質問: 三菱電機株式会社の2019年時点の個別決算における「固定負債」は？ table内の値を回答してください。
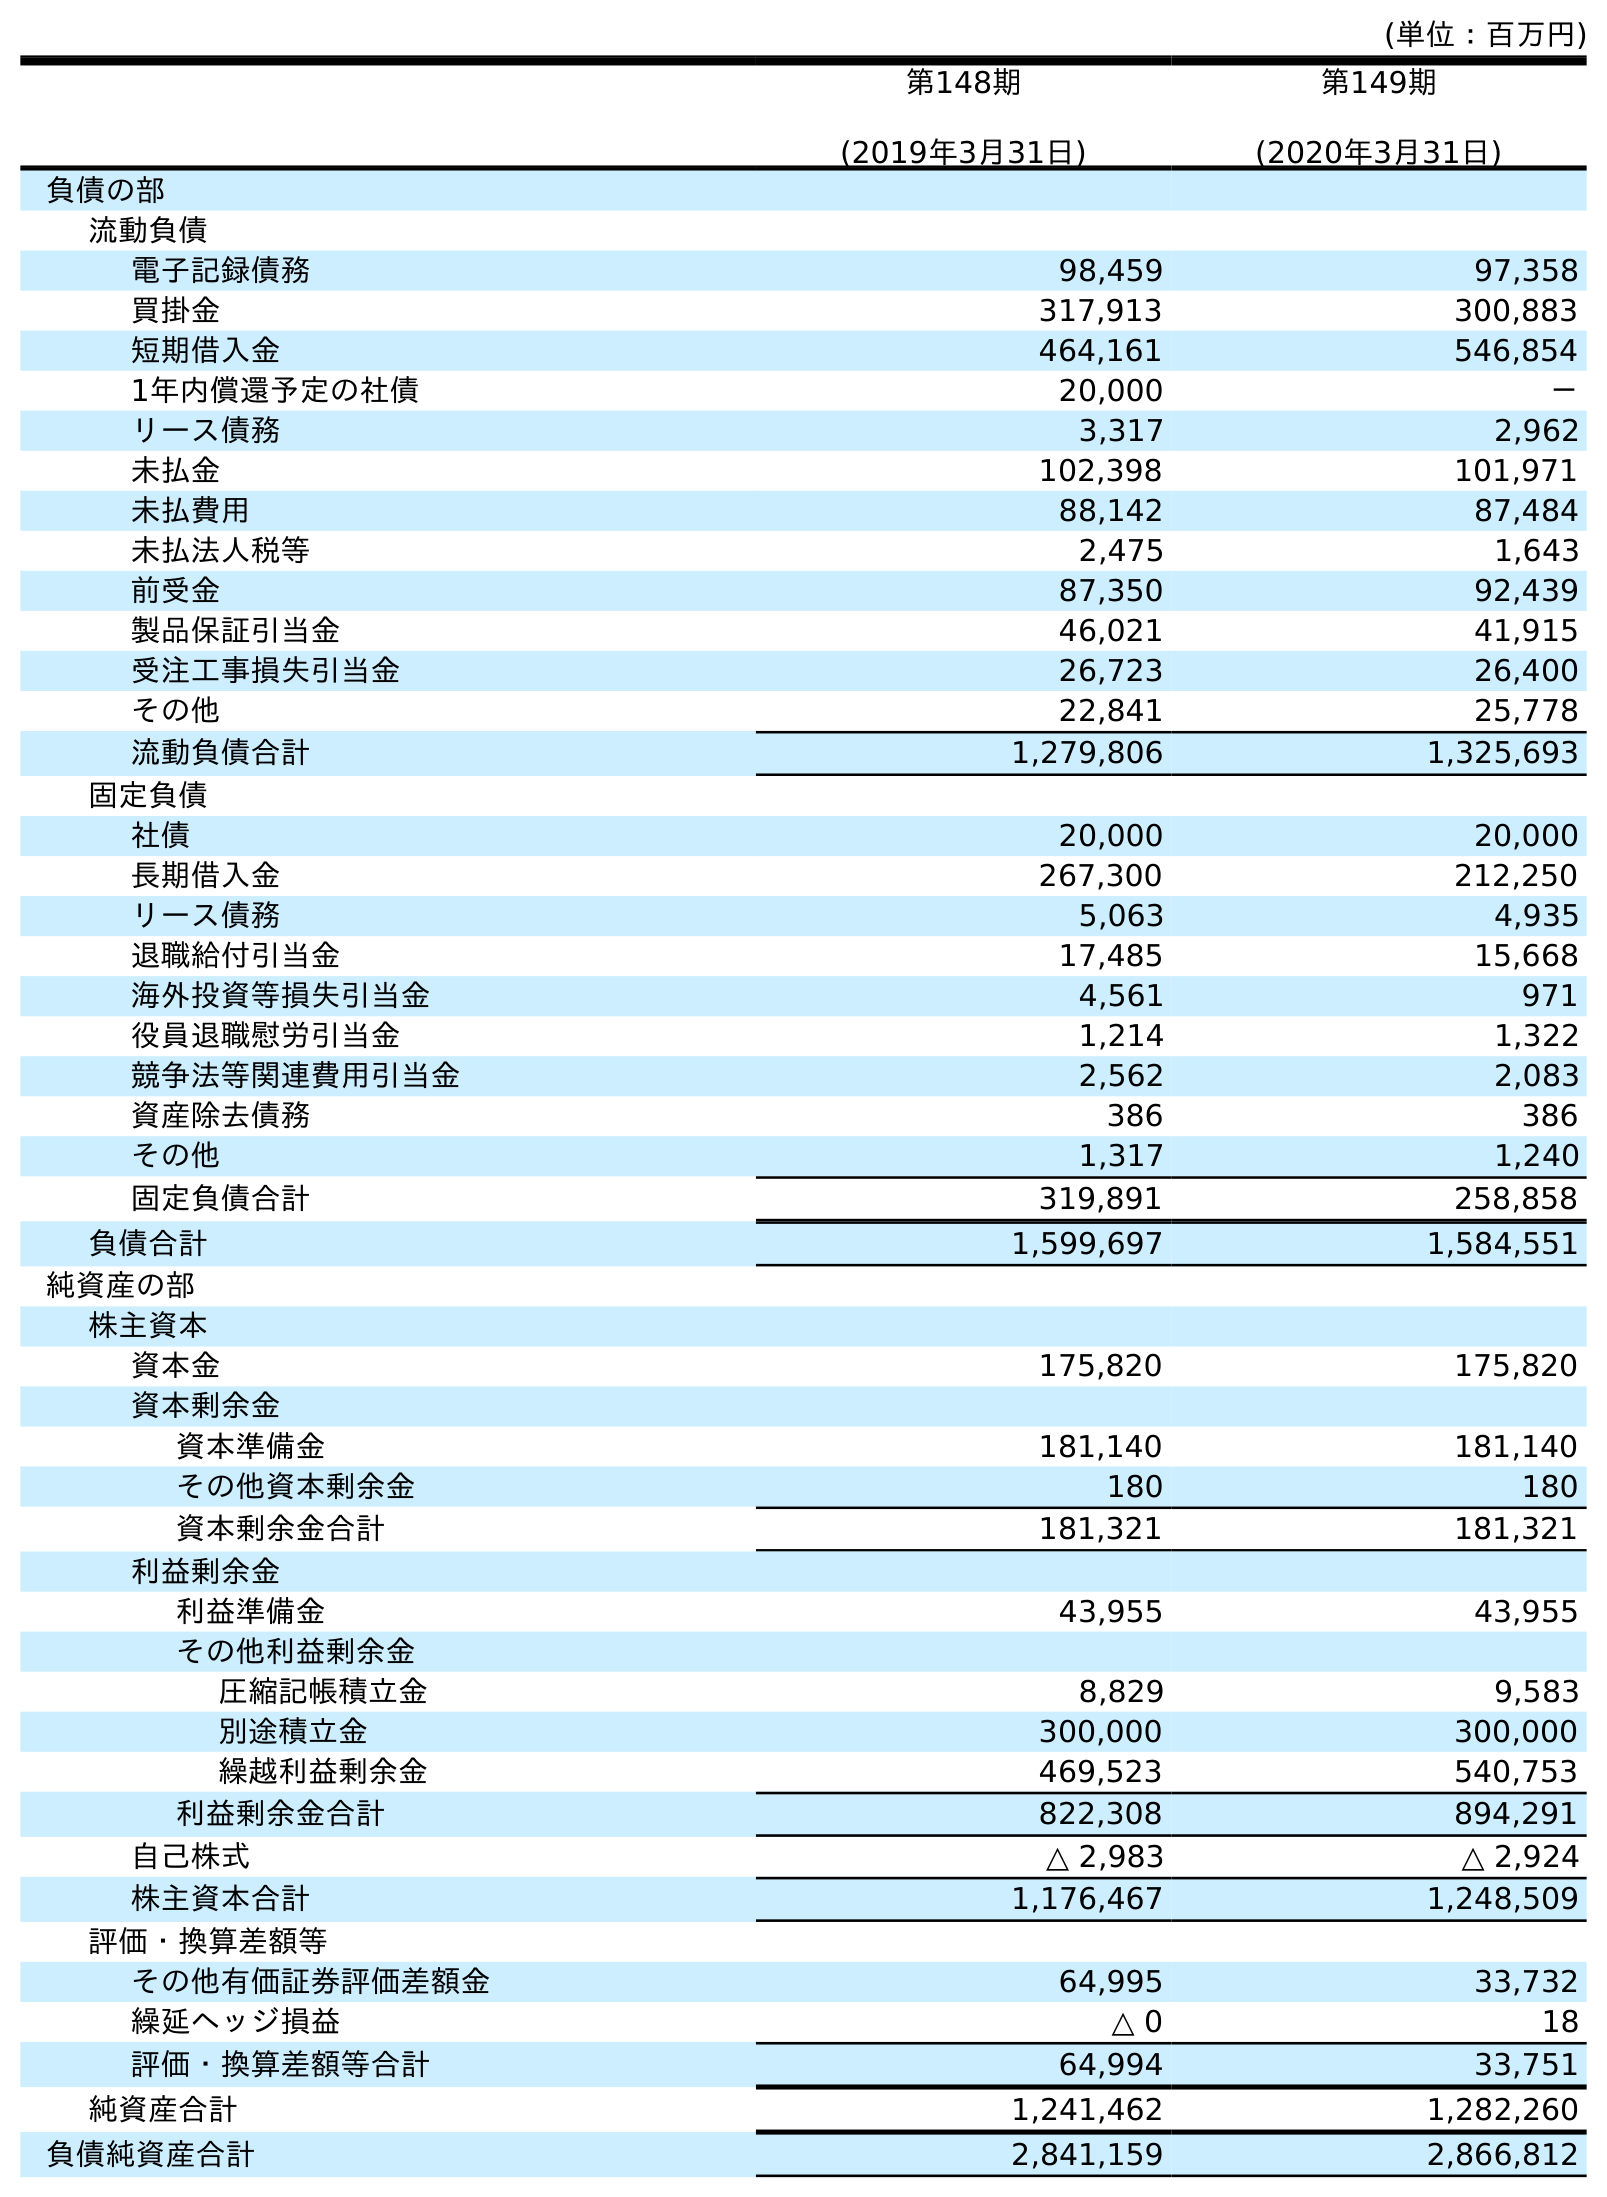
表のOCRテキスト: (単位：百万円) 第148期 (2019年3月31日) 第149期 (2020年3月31日) 負債の部 流動負債 電子記録債務 98,459 97,358 買掛金 317,913 300,883 短期借入金 464,161 546,854 1年内償還予定の社債 20,000 － リース債務 3,317 2,962 未払金 102,398 101,971 未払費用 88,142 87,484 未払法人税等 2,475 1,643 前受金 87,350 92,439 製品保証引当金 46,021 41,915 受注工事損失引当金 26,723 26,400 その他 22,841 25,778 流動負債合計 1,279,806 1,325,693 固定負債 社債 20,000 20,000 長期借入金 267,300 212,250 リース債務 5,063 4,935 退職給付引当金 17,485 15,668 海外投資等損失引当金 4,561 971 役員退職慰労引当金 1,214 1,322 競争法等関連費用引当金 2,562 2,083 資産除去債務 386 386 その他 1,317 1,240 固定負債合計 319,891 258,858 負債合計 1,599,697 1,584,551 純資産の部 株主資本 資本金 175,820 175,820 資本剰余金 資本準備金 181,140 181,140 その他資本剰余金 180 180 資本剰余金合計 181,321 181,321 利益剰余金 利益準備金 43,955 43,955 その他利益剰余金 圧縮記帳積立金 8,829 9,583 別途積立金 300,000 300,000 繰越利益剰余金 469,523 540,753 利益剰余金合計 822,308 894,291 自己株式 △ 2,983 △ 2,924 株主資本合計 1,176,467 1,248,509 評価・換算差額等 その他有価証券評価差額金 64,995 33,732 繰延ヘッジ損益 △ 0 18 評価・換算差額等合計 64,994 33,751 純資産合計 1,241,462 1,282,260 負債純資産合計 2,841,159 2,866,812
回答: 319,891